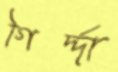
গির্দ্দা